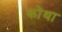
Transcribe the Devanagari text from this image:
कोथा